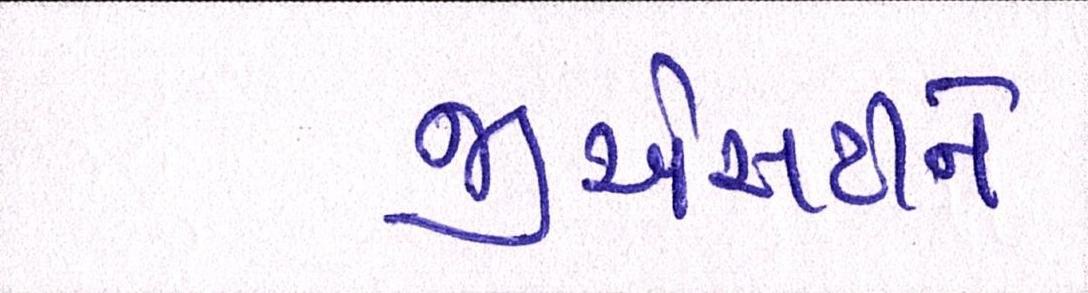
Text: જીએસટીને